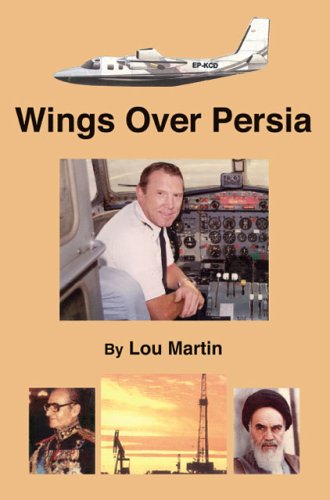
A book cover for Wings over Persia; Lou Martin; Travel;